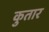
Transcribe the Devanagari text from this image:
कुतार